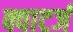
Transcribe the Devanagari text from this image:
क्वाटर्ज